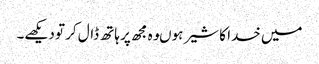
میں خدا کا شیر ہوںوہ مجھ پر ہاتھ ڈال کر تو دیکھے۔